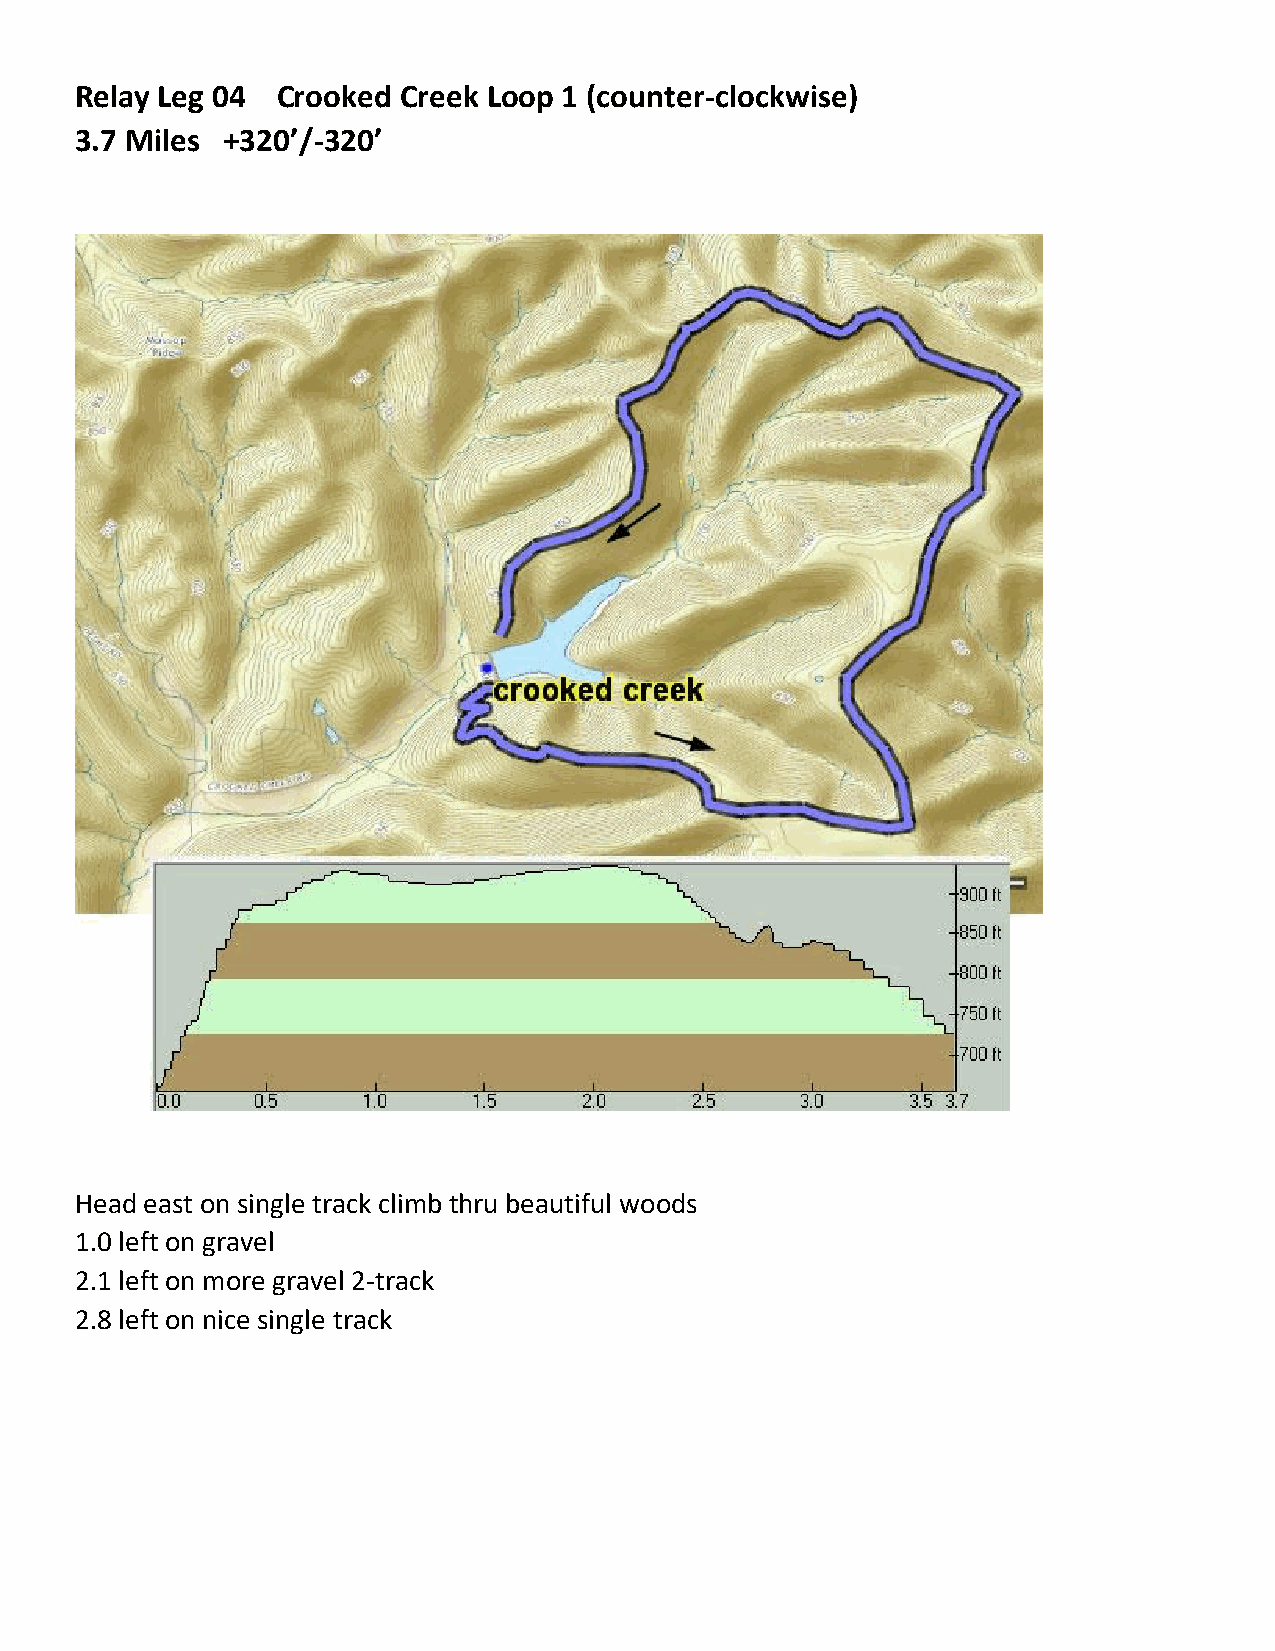
Relay Leg 04 Crooked Creek Loop 1 (counter-clockwise)
 3.7 Miles +320’/-320’
 Head east on single track climb thru beautiful woods
 1.0 left on gravel
 2.1 left on more gravel 2-track
 2.8 left on nice single track